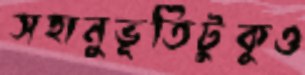
সহানুভূতিটুকুও